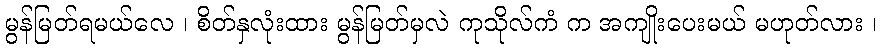
မွန်မြတ်ရမယ်လေ ၊ စိတ်နှလုံးထား မွန်မြတ်မှလဲ ကုသိုလ်ကံ က အကျိုးပေးမယ် မဟုတ်လား ၊